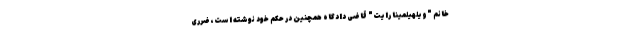
خانم "ویلهیلمینا رایت" قاضی دادگاه همچنین در حکم خود نوشته است، ضرری